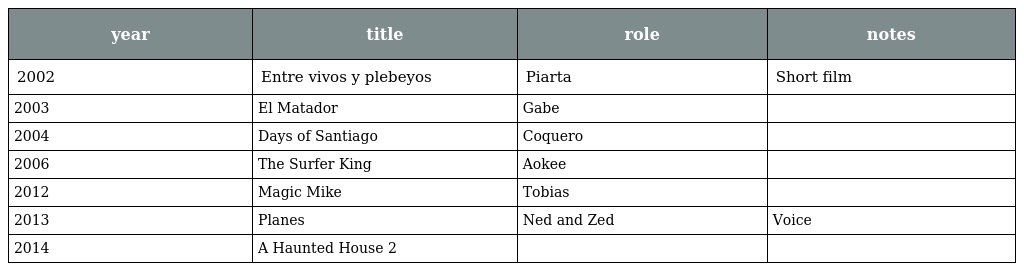
| year | title | role | notes |
 | --- | --- | --- | --- |
 | 2002 | Entre vivos y plebeyos | Piarta | Short film |
 | 2003 | El Matador | Gabe |  |
 | 2004 | Days of Santiago | Coquero |  |
 | 2006 | The Surfer King | Aokee |  |
 | 2012 | Magic Mike | Tobias |  |
 | 2013 | Planes | Ned and Zed | Voice |
 | 2014 | A Haunted House 2 |  |  |